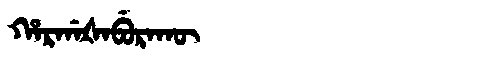
Manchu: ᡥᠠᡵᡤᠠᡧᠠᠪᡠᡵᠠᡴᡡ
Romanization: HARGAŠABURAKŪ